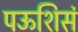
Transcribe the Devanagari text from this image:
पऊशिसं